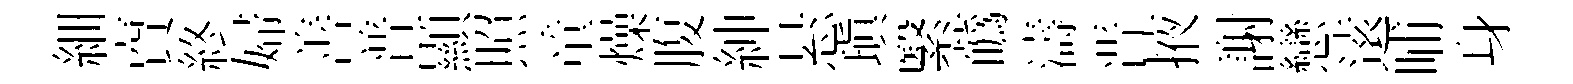
細𧶠終婦善普顯照童燥腹紳悬瑱繄蘤濤晋掖謝戀逺晡身